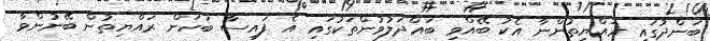
ބަންދުގައި ރައްޔިތުންނާ އެކު ބޭއްވި ބައްދަލުވުންތަކުގައި އެ ފައިސާ ބަހަން ރައްޔިތުން ބޭނުންވާ